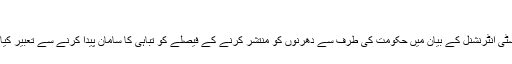
‘‘
ایمنسٹی انٹرنشنل کے بیان میں حکومت کی طرف سے دھرنوں کو منتشر کرنے کے فیصلے کو تباہی کا سامان پیدا کرنے سے تعبیر کیا گیا۔